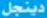
دينجل